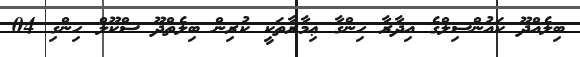
ބިލެއްދޫ ކައުންސިލްގެ އިދާރާ ހިންގާ ޢިމާރާތަކީ ކުރިން ބިލެތްދޫ ސްކޫލް ހިންގި 04